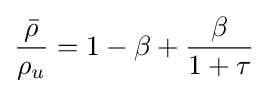
{\frac {\bar {\rho }}{\rho _{u}}}=1-\beta +{\frac {\beta }{1+\tau }}